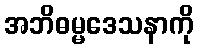
အဘိဓမ္မဒေသနာကို